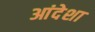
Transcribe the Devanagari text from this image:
आंदेशा